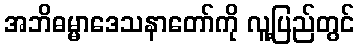
အဘိဓမ္မာဒေသနာတော်ကို လူ့ပြည်တွင်